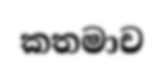
කතමාච